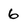
Character: 6